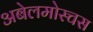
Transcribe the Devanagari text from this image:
अबेलमोस्चस